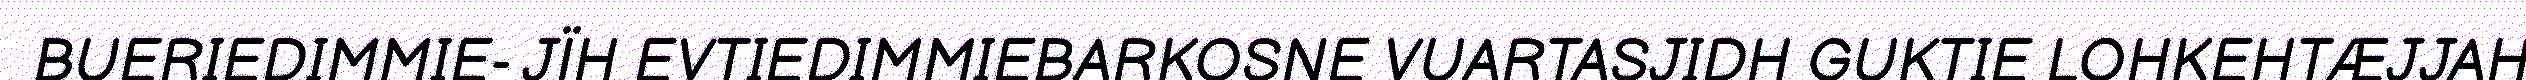
BUERIEDIMMIE- JÏH EVTIEDIMMIEBARKOSNE VUARTASJIDH GUKTIE LOHKEHTÆJJAH